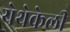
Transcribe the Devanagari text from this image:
येथेकेली